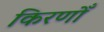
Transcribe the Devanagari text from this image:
किरणोँ